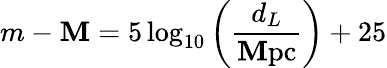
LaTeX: m-\mathbf{M}=5\log_{10}\left(\frac{{d_{L}}}{{\mathrm{{\mathbf{M}pc}}}}\right)+25